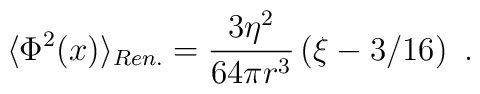
\langle\Phi^2(x)\rangle_{Ren.}=\frac{3\eta^2}{64\pi r^3}\left(\xi-3/16\right) \ .